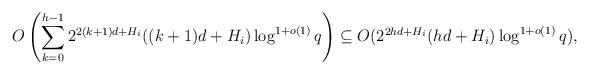
LaTeX: \begin{align*}O\left(\sum_{k=0}^{h-1}{2^{2(k+1)d+H_i}((k+1)d+H_i)\log^{1+o(1)}{q}}\right)\subseteq O(2^{2hd+H_i}(hd+H_i)\log^{1+o(1)}{q}),\end{align*}